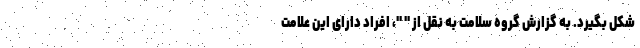
شکل بگیرد. به گزارش گروه سلامت به نقل از " "، افراد دارای این علامت